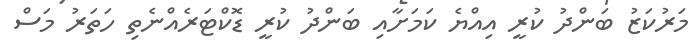
މަރުކަޒު ބަންދު ކުރީ އިއްޔެ ކަމަށާއި ބަންދު ކުރީ ޑޮކްޓަރެއްނެތި ހަތަރު މަސް